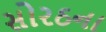
સોરઠના